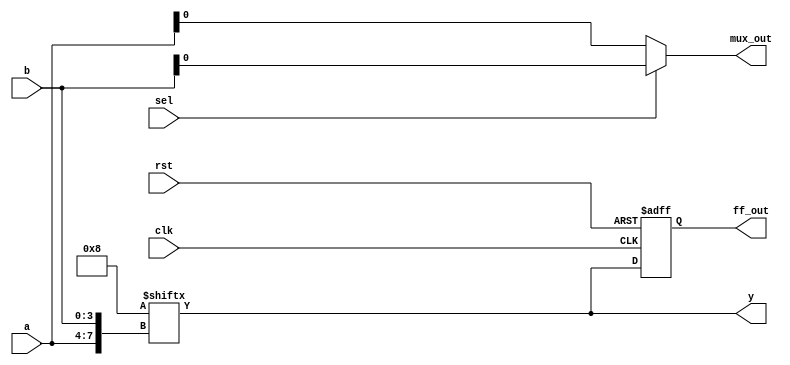
module CLB (
    input wire [3:0] a,         // 4-bit input for LUT
    input wire [3:0] b,         // 4-bit input for LUT
    input wire sel,             // Select signal for multiplexer
    input wire clk,             // Clock signal for flip-flop
    input wire rst,             // Reset signal
    output wire y,              // Output of LUT
    output wire mux_out,        // Output of multiplexer
    output reg ff_out           // Output of flip-flop
);

// Look-Up Table (LUT) - 4-input
reg [15:0] lut; // 16 entries for 4-input LUT

// Initialize LUT with a specific function (example: AND function)
initial begin
    lut = 16'b0000000000000000; // Initialize to 0 for all combinations
    lut[0]  = 1'b0; // a=0, b=0 -> 0
    lut[1]  = 1'b0; // a=0, b=1 -> 0
    lut[2]  = 1'b0; // a=1, b=0 -> 0
    lut[3]  = 1'b1; // a=1, b=1 -> 1
    // Remaining entries can be set for different logic functions
end

// LUT output logic
assign y = lut[{a, b}];

// Multiplexer
assign mux_out = sel ? b : a;

// Flip-Flop
always @(posedge clk or posedge rst) begin
    if (rst) begin
        ff_out <= 1'b0; // Reset output
    end else begin
        ff_out <= y; // Store LUT output in flip-flop
    end
end

endmodule